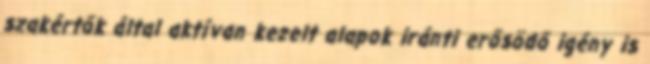
szakértők által aktívan kezelt alapok iránti erősödő igény is